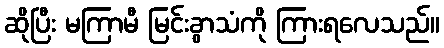
ဆိုပြီး မကြာမီ မြင်းခွာသံကို ကြားရလေသည်။